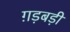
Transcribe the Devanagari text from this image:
ग़ड़बड़ी